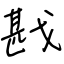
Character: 戡